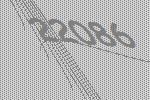
22086